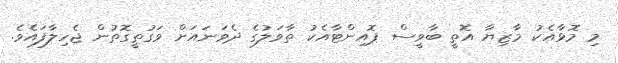
މި މޮޅާއެކު މާޒިޔާ އޮތީ ބާވީސް ޕޮއިންޓާއެކު ތާވަލުގެ ދެވަނައަށް ވަގުތީގޮތުން ޖެހިލާފައެވެ.